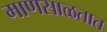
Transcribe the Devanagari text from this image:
माणसाळतात